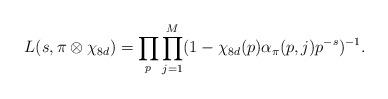
LaTeX: \begin{align*} L(s, \pi \otimes \chi_{8d})=\prod_p\prod^M_{j=1}(1-\chi_{8d}(p)\alpha_{\pi}(p, j)p^{-s})^{-1}.\end{align*}